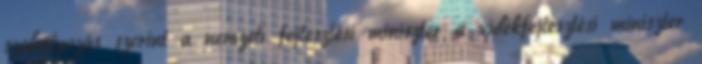
szabályozás szerint a nemzeti fejlesztési miniszter a vidékfejlesztési miniszter